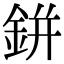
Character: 鉼